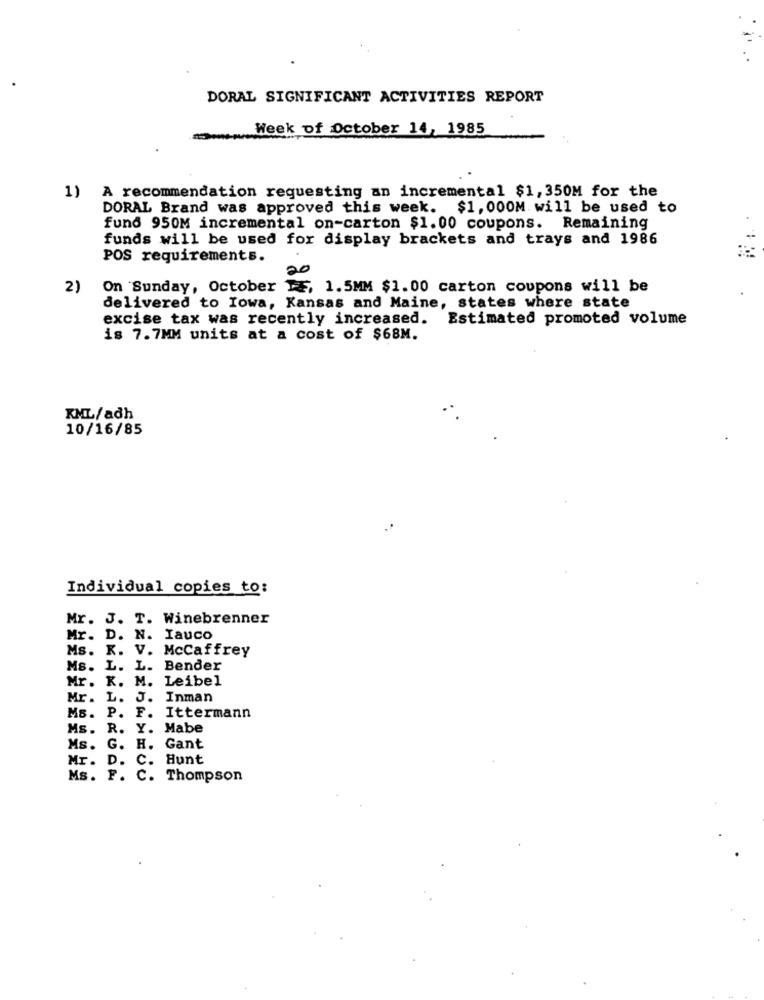
DORAL SIGNIFICANT ACTIVITIES REPORT
Week of October 14, 1985
1) A recommendation requesting an incremental $1,350M for the
DORAL Brand was approved this week. $1, 000M will be used to
fund 950M incremental on-carton $1.00 coupons. Remaining
funds will be used for display brackets and trays and 1986
POS requirements.
20
2)
On Sunday, October FF, 1.5MM $1.00 carton coupons will be
delivered to Iowa, Kansas and Maine, states where state
excise tax was recently increased.
Estimated promoted volume
is 7.7MM units at a cost of $68M.
XML/adh
10/16/85
Individual copies to:
Mr. J. T. Winebrenner
Mr. D. N. Iauco
Ms.
K.
V. McCaffrey
Ms. L.
L. Bender
Mr. K.
M. Leibel
Mr. L.
J. Inman
Ms. P.
F. Ittermann
Ms. R. Y. Mabe
Ms. G.
H. Gant
Mr. D. C. Hunt
Ms. F.
C. Thompson